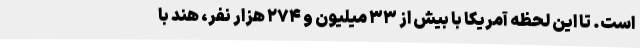
است. تا این لحظه آمریکا با بیش از ۳۳ میلیون و ۲۷۴ هزار نفر، هند با